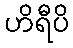
ဟိရီပိ